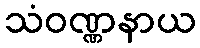
သံဝဏ္ဏနာယ